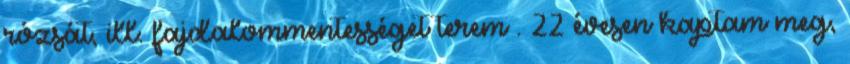
rózsát, ill. fajdalommentességet terem . 22 évesen kaptam meg,